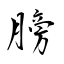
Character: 膀